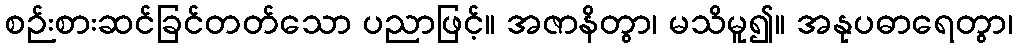
စဉ်းစားဆင်ခြင်တတ်သော ပညာဖြင့်။ အဇာနိတွာ၊ မသိမူ၍။ အနုပဓာရေတွာ၊